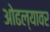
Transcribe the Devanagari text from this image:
ओढल्यावर